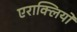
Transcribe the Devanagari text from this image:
एराक्लियो